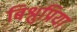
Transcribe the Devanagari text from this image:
बिश्नुप्रिया